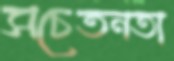
সচেতনতা